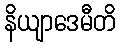
နိယျာဒေမီတိ